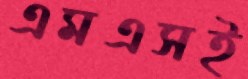
এমএসই